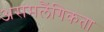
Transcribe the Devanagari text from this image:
असमलैंगिकता